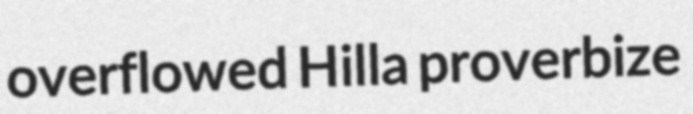
overflowed Hilla proverbize